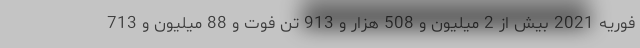
فوریه 2021 بیش از 2 میلیون و 508 هزار و 913 تن فوت و 88 میلیون و 713